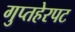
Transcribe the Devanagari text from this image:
गुप्तहेरपट